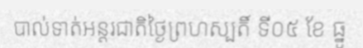
បាល់ទាត់អន្តរជាតិថ្ងៃព្រហស្បតិ៍ ទី០៥ ខែ ធ្នូ